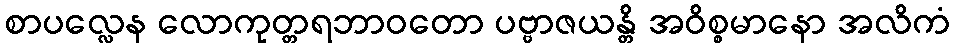
စာပလ္လေန လောကုတ္တရဘာဝတော ပဗ္ဗာဇယန္တိ အဝိစ္စမာနော အလိကံ